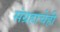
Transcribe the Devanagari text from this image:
संग्रहाचेही